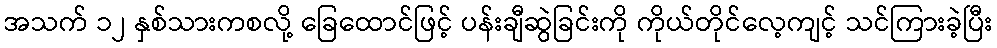
အသက် ၁၂ နှစ်သားကစလို့ ခြေထောင်ဖြင့် ပန်းချီဆွဲခြင်းကို ကိုယ်တိုင်လေ့ကျင့် သင်ကြားခဲ့ပြီး